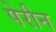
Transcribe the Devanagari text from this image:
पेरीन